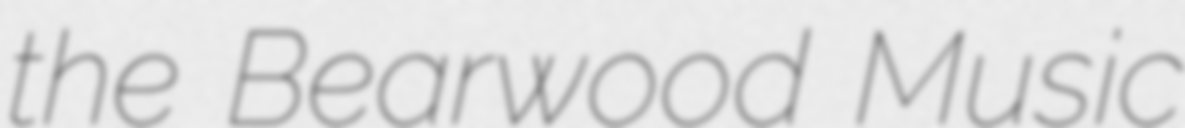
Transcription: the Bearwood Music